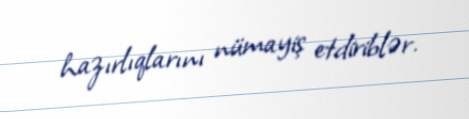
hazırlıqlarını nümayiş etdiriblər.